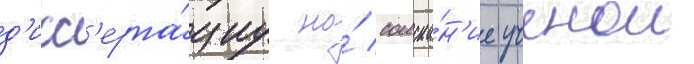
д'исс'ерта́циу на́ соиска́н'ие ученои